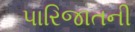
પારિજાતની